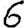
Digit: 6